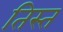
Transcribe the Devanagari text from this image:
तिस्‍त